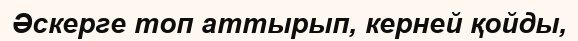
Әскерге топ аттырып, керней қойды,